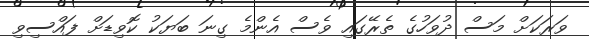
ވަރަކަށް މަސް ދުވަހުގެ ތެރޭގައި ވެސް އެންމެ ގިނަ ބަޔަކު ކޮވިޑަށް ފައްސިވި